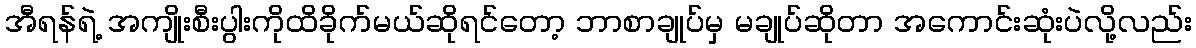
အီရန်ရဲ့ အကျိုးစီးပွါးကိုထိခိုက်မယ်ဆိုရင်တော့ ဘာစာချုပ်မှ မချုပ်ဆိုတာ အကောင်းဆုံးပဲလို့လည်း